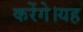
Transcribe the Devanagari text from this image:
करेंगे।यह